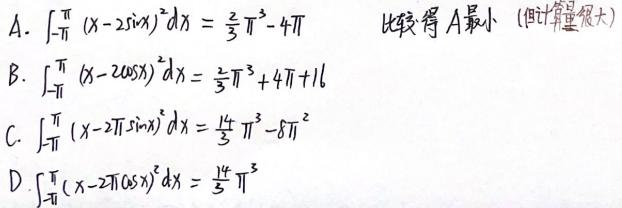
A. $\int_{-\pi}^{\pi}(x - 2\sin x)^2dx=\frac{2}{3}\pi^3 - 4\pi$
B. $\int_{-\pi}^{\pi}(x - 2\cos x)^2dx=\frac{2}{3}\pi^3 + 4\pi + 16$
C. $\int_{-\pi}^{\pi}(x - 2\pi\sin x)^2dx=\frac{14}{3}\pi^3 - 8\pi^2$
D. $\int_{-\pi}^{\pi}(x - 2\pi\cos x)^2dx=\frac{14}{3}\pi^3$